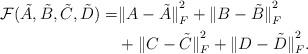
LaTeX: \begin{align*}\mathcal{F}(\tilde A,\tilde B,\tilde C,\tilde D) =&{\|A-\tilde A\|}_F^2+{\|B-\tilde B\|}_F^2 \\&+{\|C-\tilde C\|}_F^2+{\|D-\tilde D\|}_F^2.\end{align*}